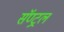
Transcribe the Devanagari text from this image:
सॅण्ट्रल